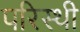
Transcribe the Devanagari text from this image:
परिस्थी